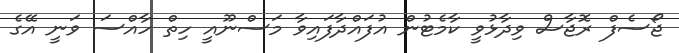
ޖޯސެފް ރޮޖާސް ވިދާޅުވީ ކާމެޓުން އުފައްދާފައިވާ މަސްނޫއީ ހިތް ހާއްސަ ވަނީ އޭގެ